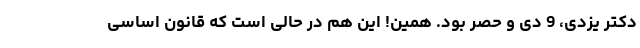
دکتر یزدی، 9 دی و حصر بود. همین! این هم در حالی است که قانون اساسی